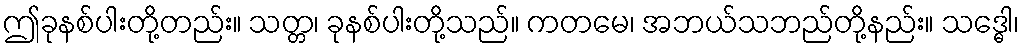
ဤခုနစ်ပါးတို့တည်း။ သတ္တ၊ ခုနစ်ပါးတို့သည်။ ကတမေ၊ အဘယ်သဘည်တို့နည်း။ သဒ္ဓေါ၊